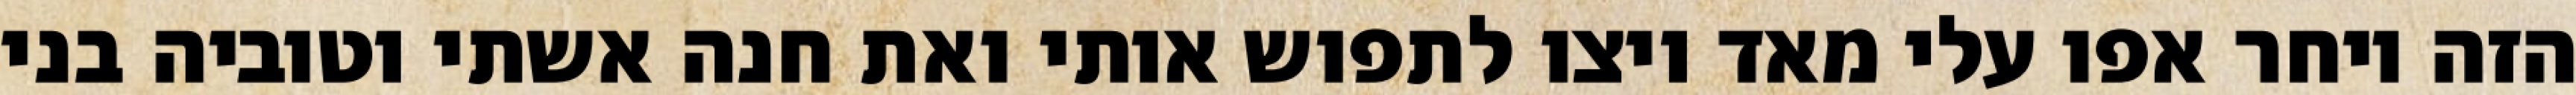
הזה ויחר אפו עלי מאד ויצו לתפוש אותי ואת חנה אשתי וטוביה בני